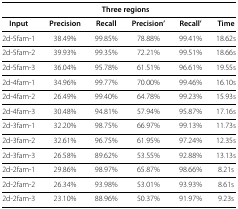
<table><thead><tr><td><b> </b></td><td colspan="4"><b>Three regions</b></td><td><b> </b></td></tr></thead><tbody><tr><td><b>Input</b></td><td><b>Precision</b></td><td><b>Recall</b></td><td><b>Precision’</b></td><td><b>Recall’</b></td><td><b>Time</b></td></tr><tr><td>2d-5fam-1</td><td>38.49%</td><td>99.85%</td><td>78.88%</td><td>99.41%</td><td>18.62s</td></tr><tr><td>2d-5fam-2</td><td>39.93%</td><td>99.35%</td><td>72.21%</td><td>99.51%</td><td>18.66s</td></tr><tr><td>2d-5fam-3</td><td>36.04%</td><td>95.78%</td><td>61.51%</td><td>96.61%</td><td>19.55s</td></tr><tr><td>2d-4fam-1</td><td>34.96%</td><td>99.77%</td><td>70.00%</td><td>99.46%</td><td>16.10s</td></tr><tr><td>2d-4fam-2</td><td>26.49%</td><td>99.40%</td><td>64.78%</td><td>99.23%</td><td>15.93s</td></tr><tr><td>2d-4fam-3</td><td>30.48%</td><td>94.81%</td><td>57.94%</td><td>95.87%</td><td>17.16s</td></tr><tr><td>2d-3fam-1</td><td>32.20%</td><td>98.75%</td><td>66.97%</td><td>99.13%</td><td>11.73s</td></tr><tr><td>2d-3fam-2</td><td>32.61%</td><td>96.75%</td><td>61.95%</td><td>97.24%</td><td>12.35s</td></tr><tr><td>2d-3fam-3</td><td>26.58%</td><td>89.62%</td><td>53.55%</td><td>92.88%</td><td>13.13s</td></tr><tr><td>2d-2fam-1</td><td>29.86%</td><td>98.97%</td><td>65.87%</td><td>98.66%</td><td>8.21s</td></tr><tr><td>2d-2fam-2</td><td>26.34%</td><td>93.98%</td><td>53.01%</td><td>93.93%</td><td>8.61s</td></tr><tr><td>2d-2fam-3</td><td>23.10%</td><td>88.96%</td><td>50.37%</td><td>91.97%</td><td>9.23s</td></tr></tbody></table>